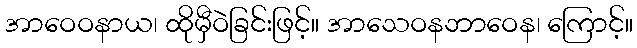
အာဝေဝနာယ၊ ထိုမှီဝဲခြင်းဖြင့်။ အာသေဝနဘာဝေန၊ ကြောင့်။